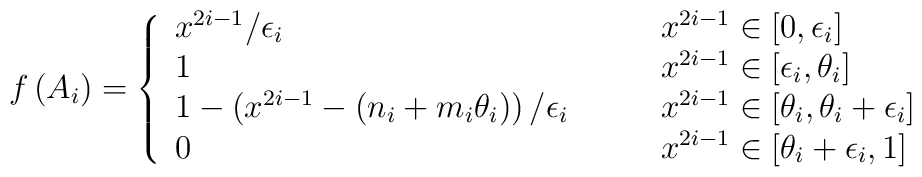
f\left( A_{i}\right) =\left\{\begin{array}{ll}x^{2i-1}/\epsilon _{i} & x^{2i-1}\in \left[ 0,\epsilon _{i}\right] \\1 & x^{2i-1}\in \left[ \epsilon _{i},\theta _{i}\right] \\1-\left( x^{2i-1}-(n_{i}+m_{i}\theta _{i})\right) /\epsilon _{i}\quad \quad& x^{2i-1}\in \left[ \theta _{i},\theta _{i}+\epsilon _{i}\right] \\0 & x^{2i-1}\in \left[ \theta _{i}+\epsilon _{i},1\right]\end{array}\right.